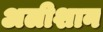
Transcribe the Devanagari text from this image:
अलीशान